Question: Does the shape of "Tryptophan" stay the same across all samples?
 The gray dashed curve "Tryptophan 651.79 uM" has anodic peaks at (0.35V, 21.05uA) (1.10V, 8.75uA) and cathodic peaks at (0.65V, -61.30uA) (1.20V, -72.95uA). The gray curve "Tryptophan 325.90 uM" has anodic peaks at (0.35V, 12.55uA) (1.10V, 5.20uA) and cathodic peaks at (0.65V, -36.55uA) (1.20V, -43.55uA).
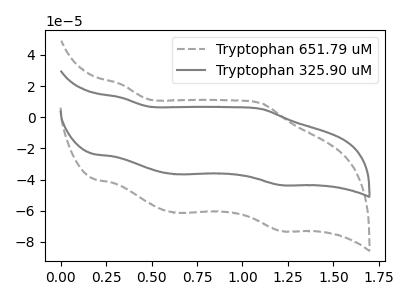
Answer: <think>All the peaks in "Tryptophan 651.79 uM" have a peak in "Tryptophan 325.90 uM" at the same potential. Every peak in "Tryptophan 651.79 uM" is higher than every peak in "Tryptophan 325.90 uM".
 </think>
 <answer>All the CV's of "Tryptophan" have similar shape.</answer>
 <eval>follow_rule</eval>